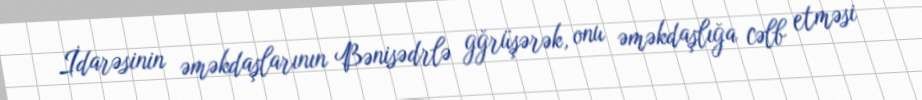
İdarəsinin əməkdaşlarının Bənisədrlə gğrüşərək, onu əməkdaşlığa cəlb etməsi